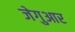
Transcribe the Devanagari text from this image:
जेगुआर